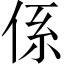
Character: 係